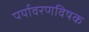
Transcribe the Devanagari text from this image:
पर्यावरणविषक